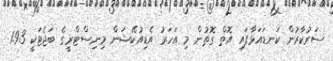
ސަރުކާރުން ކަނޑައަޅާފައި އޮތް ގޮތުން މި އަހަރު އެޑިއުކޭޝަން މިނިސްޓްރީގެ ބަޖެޓަކީ 1.93